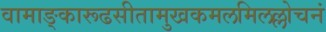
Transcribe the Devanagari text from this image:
वामाङ्कारूढसीतामुखकमलमिलल्लोचनं